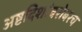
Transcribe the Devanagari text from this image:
अष्टदिशांबरोबरच